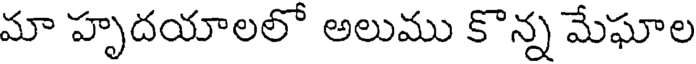
మా హృదయాలలో అలుము కొన్న మేఘాల